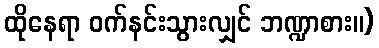
ထိုနေရာ ဝက်နင်းသွားလျှင် ဘဏ္ဍာစား။)